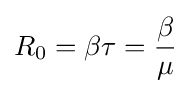
R_{0}=\beta \tau ={\beta  \over \mu }